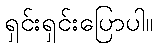
ရှင်းရှင်းပြောပါ။